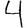
Digit: 4